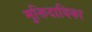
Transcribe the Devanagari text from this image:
मुक्तिदायिका